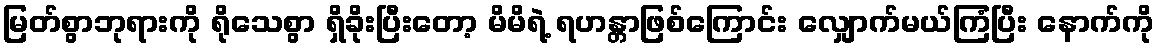
မြတ်စွာဘုရားကို ရိုသေစွာ ရှိခိုးပြီးတော့ မိမိရဲ့ ရဟန္တာဖြစ်ကြောင်း လျှောက်မယ်ကြံပြီး နောက်ကို